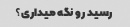
رسید رو نگه میداری؟